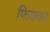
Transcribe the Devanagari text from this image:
फिक्का